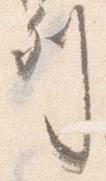
列